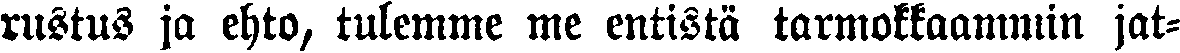
rustus ja ehto, tulemme me entistä tarmokkaammin jat-